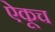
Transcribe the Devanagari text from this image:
ऐकूच